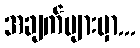
အချက်များမှာ...